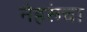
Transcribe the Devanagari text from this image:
नेहरूंचा